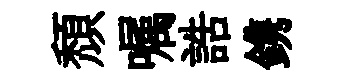
頽嘱誥鎸